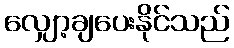
လျှော့ချပေးနိုင်သည်